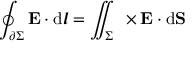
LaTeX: \oint _ { \partial \Sigma } \mathbf { E } \cdot \mathrm { d } { \boldsymbol { l } } = \iint _ { \Sigma } \mathbf { \nabla } \times \mathbf { E } \cdot \mathrm { d } \mathbf { S }